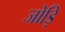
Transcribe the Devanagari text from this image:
जोड़ि